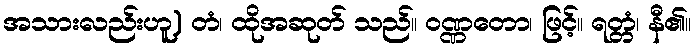
အသားလည်းဟူ) တံ၊ ထိုအဆုတ် သည်။ ဝဏ္ဏတော၊ ဖြင့်။ ရတ္တံ၊ နီ၏။